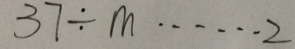
3 7 \div m \cdots 2